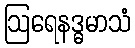
ဩရေနဒ္ဓမာသံ